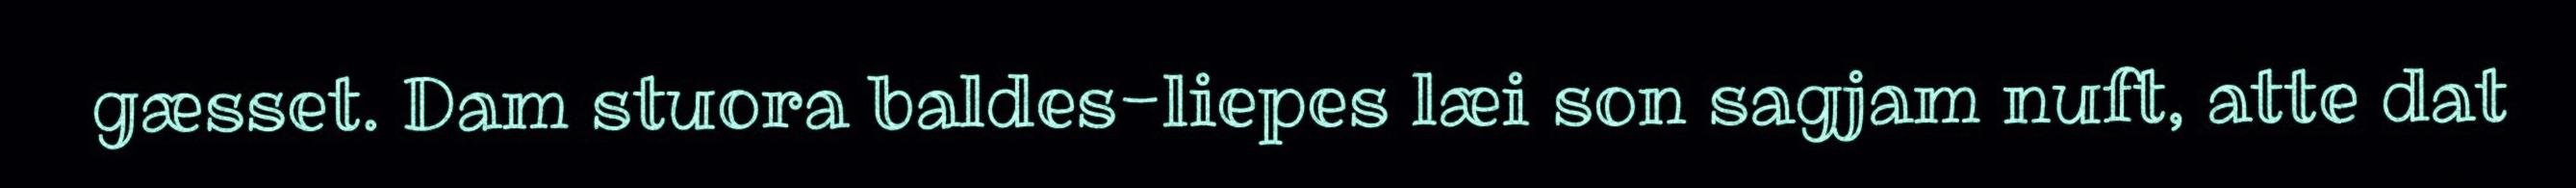
gæsset. Dam stuora baldes-liepes læi son sagjam nuft, atte dat